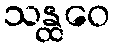
သန္ထဝေ